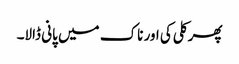
پھر کلی کی اور ناک میں پانی ڈالا۔